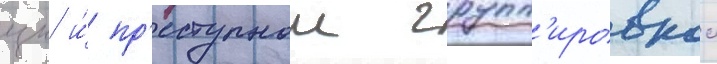
цк и́ пр'еступнои групп'ировкои